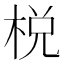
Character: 棁